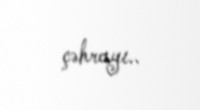
çəhrayı..